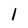
Character: 1